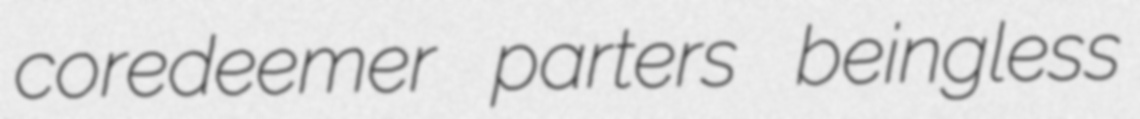
coredeemer parters beingless